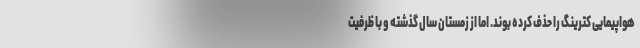
هواپیمایی کترینگ را حذف کرده‌ بوند. اما از زمستان سال گذشته و با ظرفیت